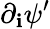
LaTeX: \partial_{\mathbf{i}}\psi^{\prime}